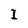
Character: I